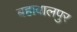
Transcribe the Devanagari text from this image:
बहावालपुर